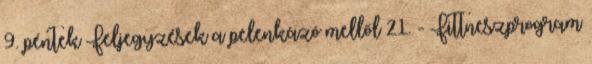
9. péntek Feljegyzések a pelenkázó mellől 21. - Fittneszprogram